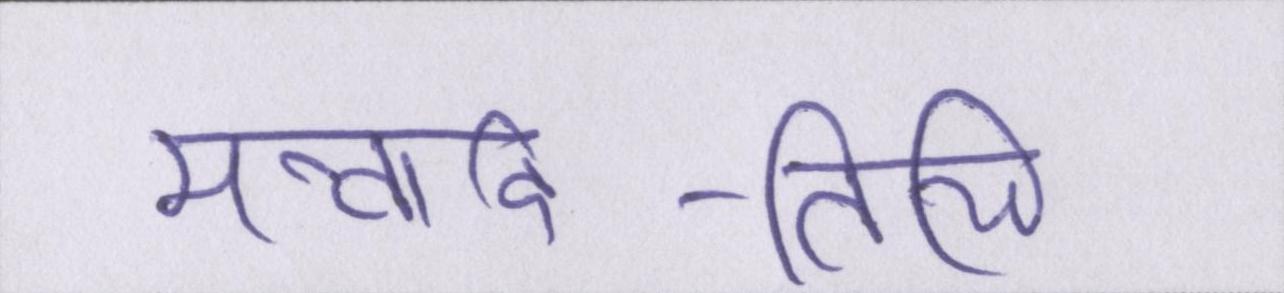
मन्वादि-तिथि